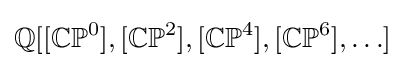
\mathbb {Q} [[\mathbb {CP} ^{0}],[\mathbb {CP} ^{2}],[\mathbb {CP} ^{4}],[\mathbb {CP} ^{6}],\ldots ]